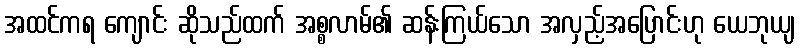
အထင်ကရ ကျောင်း ဆိုသည်ထက် အစ္စလာမ်၏ ဆန်းကြယ်သော အလှည့်အပြောင်းဟု ယေဘုယျ